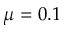
\mu = 0 . 1